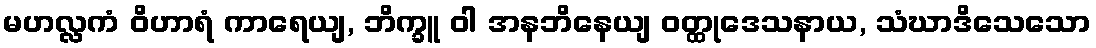
မဟလ္လကံ ဝိဟာရံ ကာရေယျ, ဘိက္ခူ ဝါ အနဘိနေယျ ဝတ္ထုဒေသနာယ, သံဃာဒိသေသော